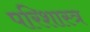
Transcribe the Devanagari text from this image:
परिशास्त्र